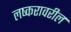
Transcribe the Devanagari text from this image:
लष्करावरील